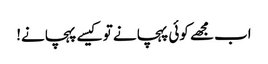
اب مجھے کوئی پہچانے تو کیسے پہچانے!